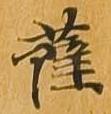
薩